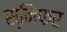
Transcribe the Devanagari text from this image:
स्निफर